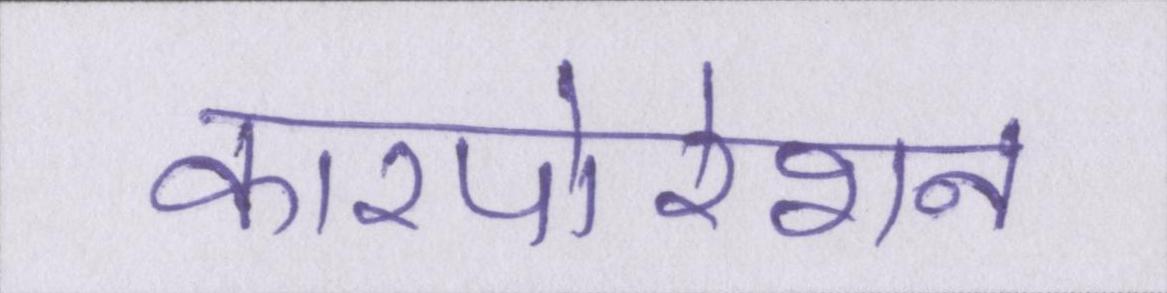
कारपोरेशन